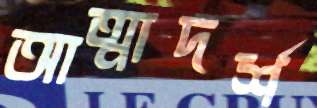
আত্মাদর্শ